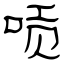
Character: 唝